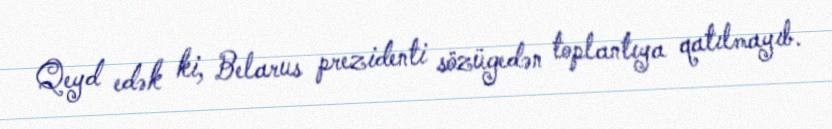
Qeyd edək ki, Belarus prezidenti sözügedən toplantıya qatılmayıb.